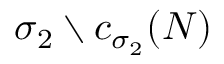
\sigma _ { 2 } \setminus c _ { \sigma _ { 2 } } ( { N } )